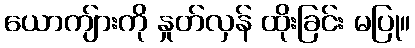
ယောကျ်ားကို နှုတ်လှန် ထိုးခြင်း မပြု။